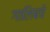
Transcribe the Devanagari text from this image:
गालिबचे